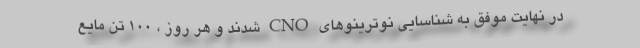
در نهایت موفق به شناسایی نوترینوهای CNO شدند و هر روز ، ۱۰۰ تن مایع